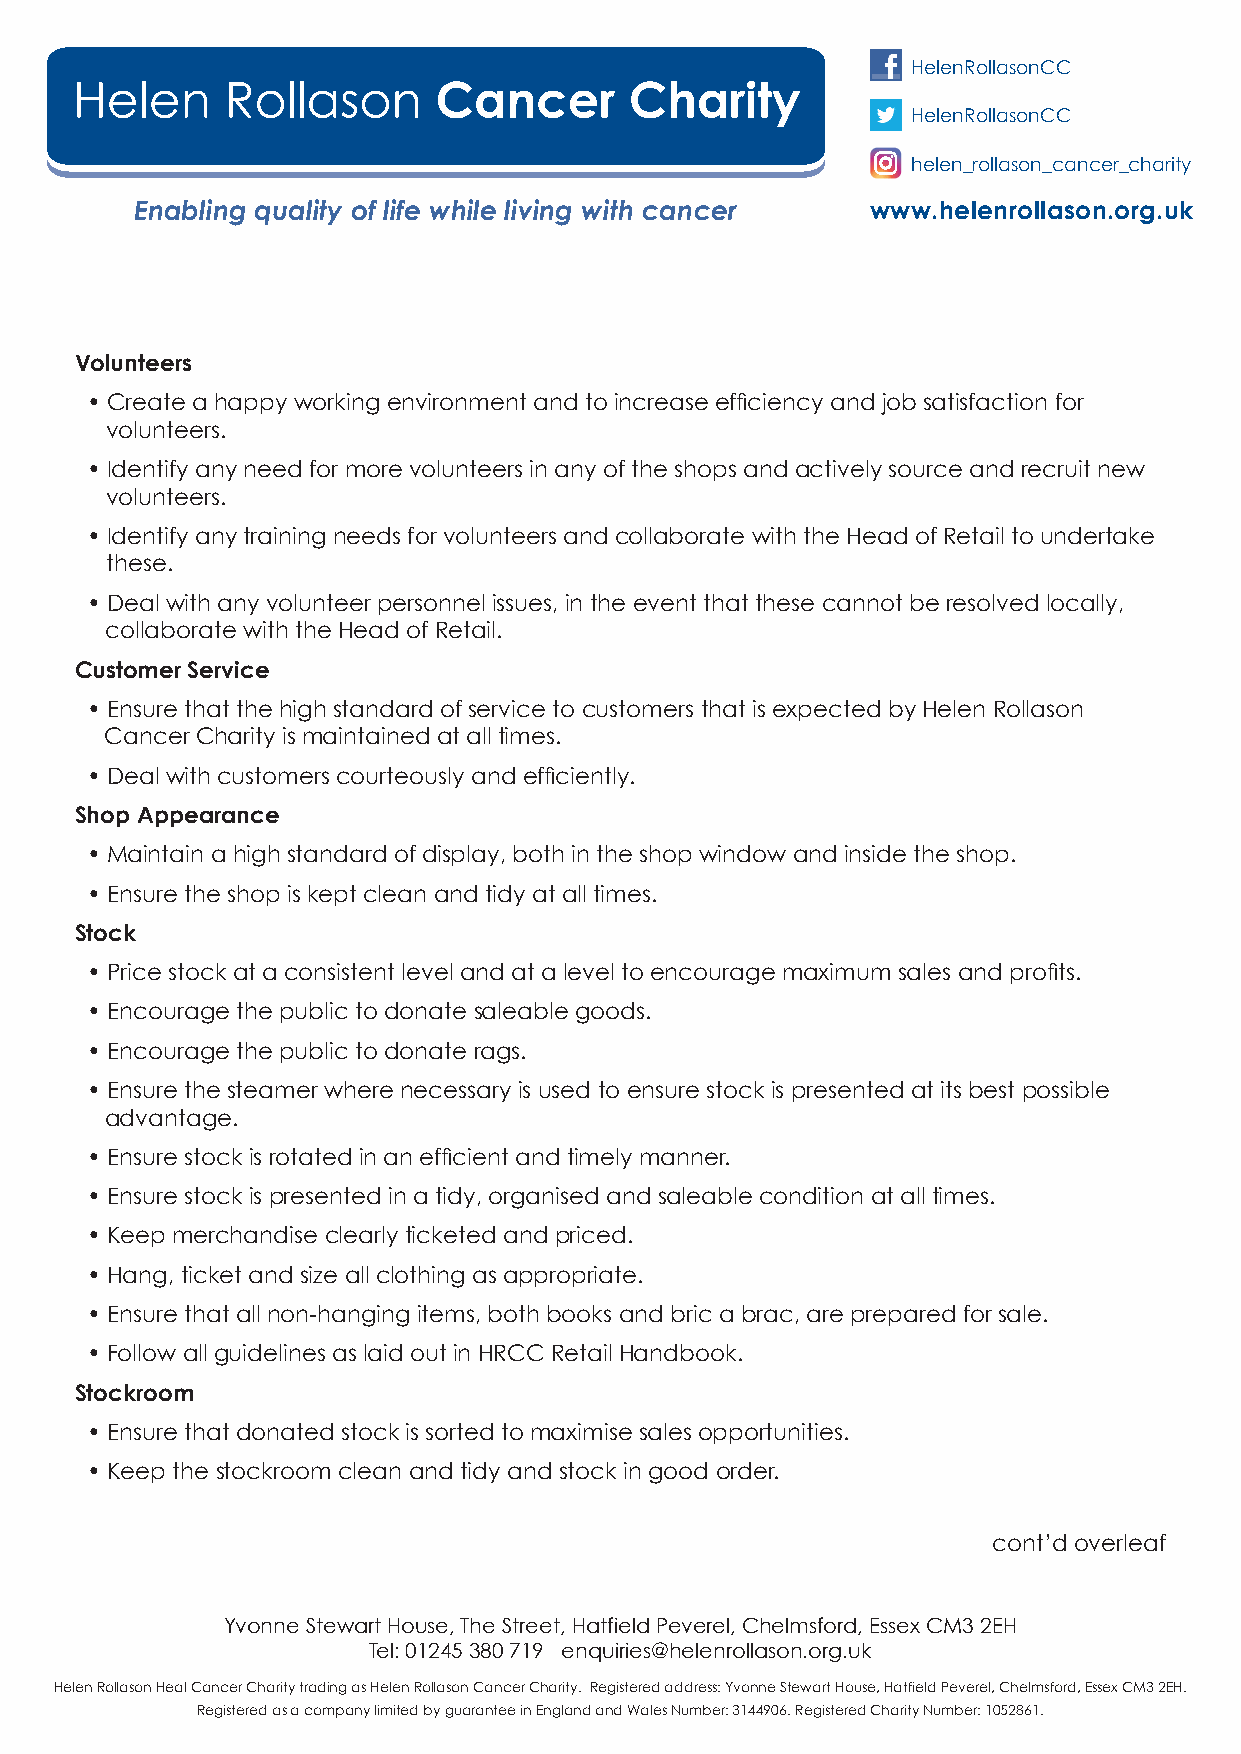
HelenRollasonCC
 HelenRollasonCC
 helen_rollason_cancer_charity
 Enabling quality of life while living with cancer www.helenrollason.org.uk
 Volunteers
 • Create a happy working environment and to increase efficiency and job satisfaction for
 volunteers.
 • Identify any need for more volunteers in any of the shops and actively source and recruit new
 volunteers.
 • Identify any training needs for volunteers and collaborate with the Head of Retail to undertake
 these.
 • Deal with any volunteer personnel issues, in the event that these cannot be resolved locally,
 collaborate with the Head of Retail.
 Customer Service
 • Ensure that the high standard of service to customers that is expected by Helen Rollason
 Cancer Charity is maintained at all times.
 • Deal with customers courteously and efficiently.
 Shop Appearance
 • Maintain a high standard of display, both in the shop window and inside the shop.
 • Ensure the shop is kept clean and tidy at all times.
 Stock
 • Price stock at a consistent level and at a level to encourage maximum sales and profits.
 • Encourage the public to donate saleable goods.
 • Encourage the public to donate rags.
 • Ensure the steamer where necessary is used to ensure stock is presented at its best possible
 advantage.
 • Ensure stock is rotated in an efficient and timely manner.
 • Ensure stock is presented in a tidy, organised and saleable condition at all times.
 • Keep merchandise clearly ticketed and priced.
 • Hang, ticket and size all clothing as appropriate.
 • Ensure that all non-hanging items, both books and bric a brac, are prepared for sale.
 • Follow all guidelines as laid out in HRCC Retail Handbook.
 Stockroom
 • Ensure that donated stock is sorted to maximise sales opportunities.
 • Keep the stockroom clean and tidy and stock in good order.
 cont’d overleaf
 Yvonne Stewart House, The Street, Hatfield Peverel, Chelmsford, Essex CM3 2EH
 Tel: 01245 380 719 enquiries@helenrollason.org.uk
 Helen Rollason Heal Cancer Charity trading as Helen Rollason Cancer Charity. Registered address: Yvonne Stewart House, Hatfield Peverel, Chelmsford, Essex CM3 2EH.
 Registered as a company limited by guarantee in England and Wales Number: 3144906. Registered Charity Number: 1052861.